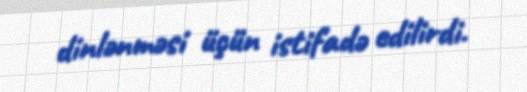
dinlənməsi üçün istifadə edilirdi.